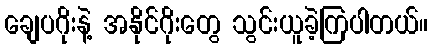
ချေပဂိုးနဲ့ အနိုင်ဂိုးတွေ သွင်းယူခဲ့ကြပါတယ်။